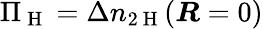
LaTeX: \Pi_{\mathrm{~H~}}=\Delta n_{2\mathrm{~H~}}(\boldsymbol{R}=0)